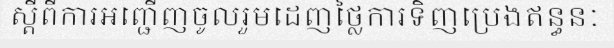
ស្តីពីការអញ្ជើញចូលរួមដេញថ្លៃការទិញប្រេងឥន្ធនៈ